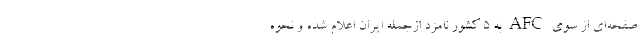
صفحه‌اى از سوی AFC به ٥ کشور نامزد ازجمله ایران اعلام شده و نحوه